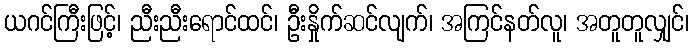
ယဂင်ကြီးဖြင့်၊ ညီးညီးရောင်ထင်၊ ဦးနှိုက်ဆင်လျက်၊ အကြင်နတ်လူ၊ အတူတူလျှင်၊